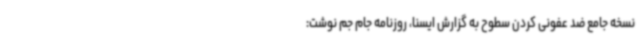
نسخه جامع ضد عفونی کردن سطوح به گزارش ایسنا، روزنامه جام جم نوشت: